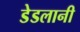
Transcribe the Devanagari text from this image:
डेडलानी